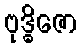
ဗုဒ္ဓိဇော